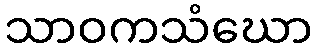
သာဝကသံဃော